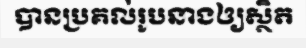
បានប្រគល់រូបនាងឲ្យស្ថិត